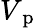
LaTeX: V_{\mathrm{~p~}}